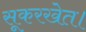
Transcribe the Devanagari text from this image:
सूकरखेत।